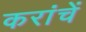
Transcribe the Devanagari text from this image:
करांचें